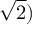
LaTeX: { \sqrt { 2 } } )